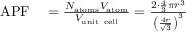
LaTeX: \begin{array} { r l } { \mathrm { A P F } } & { { } = { \frac { N _ { \mathrm { a t o m s } } V _ { \mathrm { a t o m } } } { V _ { \mathrm { u n i t ~ c e l l } } } } = { \frac { 2 \cdot { \frac { 4 } { 3 } } \pi r ^ { 3 } } { \left( { \frac { 4 r } { \sqrt { 3 } } } \right) ^ { 3 } } } } \end{array}